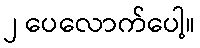
၂ ပေလောက်ပေါ့။